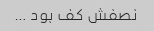
نصفش کف بود …